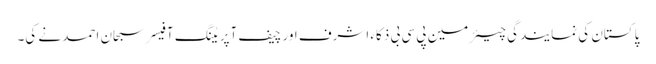
پاکستان کی نمایندگی چیئرمین پی سی بی ذکاء اشرف اور چیف آپریٹنگ آفیسر سبحان احمد نے کی۔